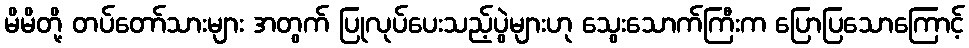
မိမိတို့ တပ်တော်သားများ အတွက် ပြုလုပ်ပေးသည့်ပွဲများဟု သွေးသောက်ကြီးက ပြောပြသောကြောင့်